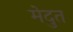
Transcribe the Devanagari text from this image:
मेदुत